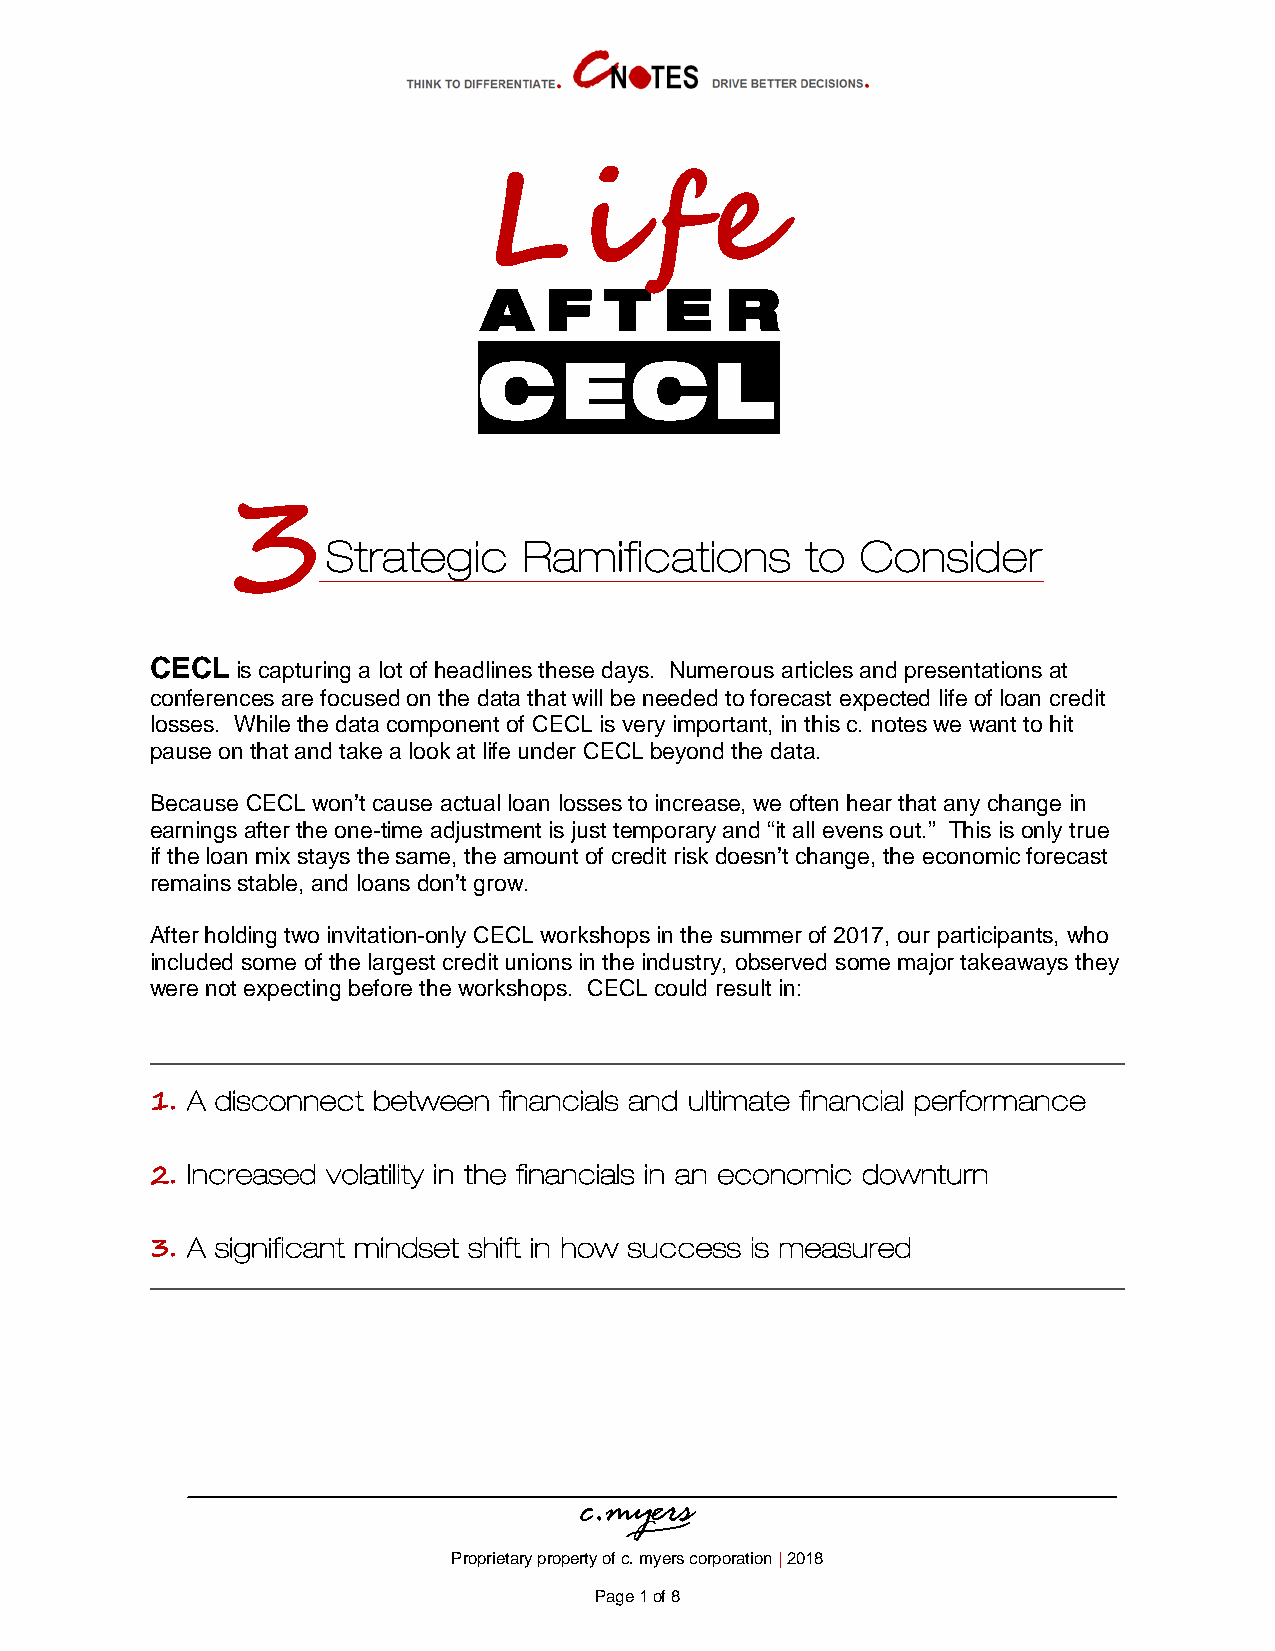
L     i    f   e
 A   F   T   E   R
 C    ECL
 3
 Strategic    Ramifications     to  Consider
 CECL  is capturing a lot of headlines these days. Numerous articles and presentations at
 conferences are focused on the data that will be needed to forecast expected life of loan credit
 losses. While the data component of CECL is very important, in this c. notes we want to hit
 pause on that and take a look at life under CECL beyond the data.
 Because CECL won’t cause actual loan losses to increase, we often hear that any change in
 earnings after the one-time adjustment is just temporary and “it all evens out.” This is only true
 if the loan mix stays the same, the amount of credit risk doesn’t change, the economic forecast
 remains stable, and loans don’t grow.
 After holding two invitation-only CECL workshops in the summer of 2017, our participants, who
 included some of the largest credit unions in the industry, observed some major takeaways they
 were not expecting before the workshops. CECL could result in:
 1.
 A disconnect between financials and ultimate financial performance
 2.
 Increased volatility in the financials in an economic downturn
 3.
 A significant mindset shift in how success is measured
 Proprietary property of c. myers corporation | 2018
 Page 1 of 8